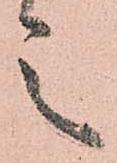
言